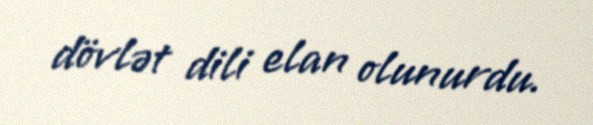
dövlət dili elan olunurdu.